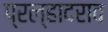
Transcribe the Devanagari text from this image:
प्रल्हादराव